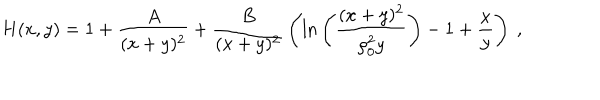
H ( x , y ) = 1 + { \frac { A } { ( x + y ) ^ { 2 } } } + { \frac { B } { ( x + y ) ^ { 2 } } } \left( \mathrm { l n } \left( { \frac { ( x + y ) ^ { 2 } } { \rho _ { 0 } ^ { 2 } y } } \right) - 1 + { \frac { x } { y } } \right) ~ ,